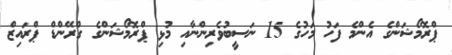
ޕްރޮމޯޝަންގެ އެންމެ ފަހު މަހުގެ 15 ނަސީބުވެރިންނާއި މުޅި ޕްރޮމޯޝަންގެ ގްރޭންޑް ޕްރައިޒް